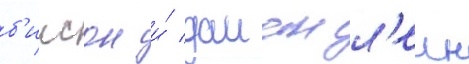
б'илсон и́ даиан л'еин